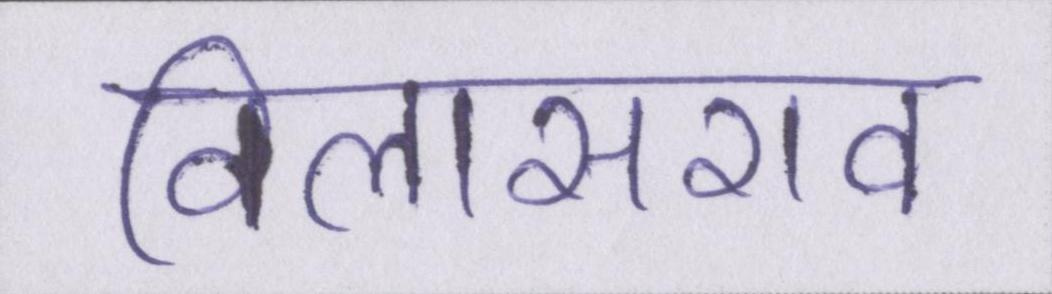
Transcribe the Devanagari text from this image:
विलासराव